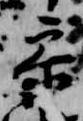
参